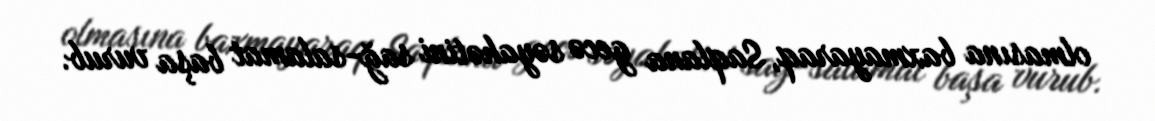
olmasına baxmayaraq, Saqlana gecə səyahətini sağ-salamat başa vurub.